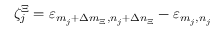
\zeta _ { j } ^ { \Xi } = \varepsilon _ { m _ { j } + \Delta m _ { \Xi } , n _ { j } + \Delta n _ { \Xi } } - \varepsilon _ { m _ { j } , n _ { j } }